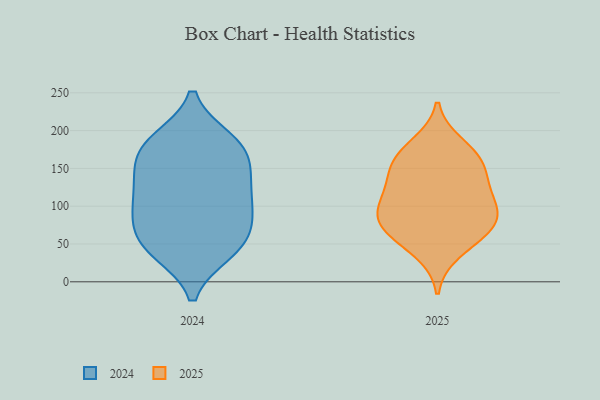
{"axis": {"x": "Website Visitors", "y": "Value"}, "legend": ["2024", "2025"], "data": [{"x": "", "y": 182, "type": "2025"}, {"x": "", "y": 168, "type": "2025"}, {"x": "", "y": 67, "type": "2025"}, {"x": "", "y": 154, "type": "2025"}, {"x": "", "y": 129, "type": "2025"}, {"x": "", "y": 132, "type": "2025"}, {"x": "", "y": 80, "type": "2025"}, {"x": "", "y": 158, "type": "2025"}, {"x": "", "y": 74, "type": "2025"}, {"x": "", "y": 65, "type": "2025"}, {"x": "", "y": 99, "type": "2025"}, {"x": "", "y": 39, "type": "2025"}, {"x": "", "y": 102, "type": "2025"}, {"x": "", "y": 100, "type": "2025"}, {"x": "", "y": 51, "type": "2024"}, {"x": "", "y": 153, "type": "2024"}, {"x": "", "y": 51, "type": "2024"}, {"x": "", "y": 122, "type": "2024"}, {"x": "", "y": 142, "type": "2024"}, {"x": "", "y": 40, "type": "2024"}, {"x": "", "y": 101, "type": "2024"}, {"x": "", "y": 187, "type": "2024"}, {"x": "", "y": 96, "type": "2024"}, {"x": "", "y": 85, "type": "2024"}, {"x": "", "y": 176, "type": "2024"}, {"x": "", "y": 41, "type": "2024"}, {"x": "", "y": 184, "type": "2024"}, {"x": "", "y": 78, "type": "2024"}, {"x": "", "y": 130, "type": "2024"}, {"x": "", "y": 179, "type": "2024"}]}